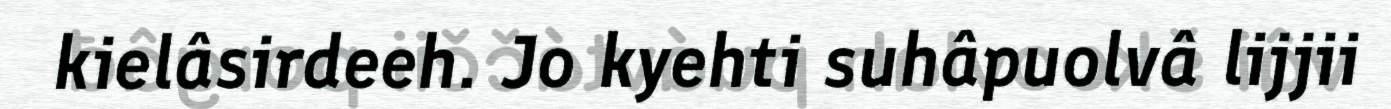
kielâsirdeeh. Jo kyehti suhâpuolvâ lijjii